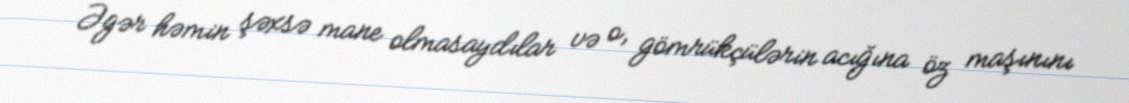
Əgər həmin şəxsə mane olmasaydılar və o, gömrükçülərin acığına öz maşınını